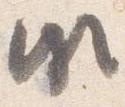
頗